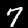
Label: 7